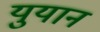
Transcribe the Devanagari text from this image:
युयान